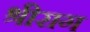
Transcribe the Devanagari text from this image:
श्रीराग